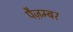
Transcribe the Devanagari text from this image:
पैज़म्बर